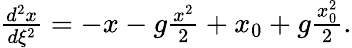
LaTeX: \begin{array}{r}{\frac{d^{2}x}{d\xi^{2}}=-x-g\frac{x^{2}}{2}+x_{0}+g\frac{x_{0}^{2}}{2}.}\end{array}